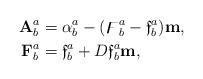
LaTeX: \begin{align*}\mathbf{A}_{b}^{a} & =\alpha_{b}^{a}-(\digamma_{b}^{a}-\mathfrak{f}_{b}^{a})\mathbf{m,}\\\mathbf{F}_{b}^{a} & =\mathfrak{f}_{b}^{a}+D\mathfrak{f}_{b}^{a}\mathbf{m,}\end{align*}